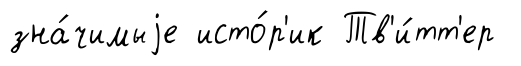
зна́чимыjе исто́р'ик Тв'и́тт'ер